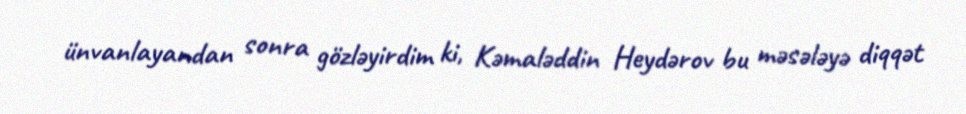
ünvanlayandan sonra gözləyirdim ki, Kəmaləddin Heydərov bu məsələyə diqqət